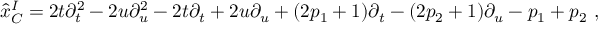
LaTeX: { \hat { x } } _ { C } ^ { I } = 2 t \partial _ { t } ^ { 2 } - 2 u \partial _ { u } ^ { 2 } - 2 t \partial _ { t } + 2 u \partial _ { u } + ( 2 p _ { 1 } + 1 ) \partial _ { t } - ( 2 p _ { 2 } + 1 ) \partial _ { u } - p _ { 1 } + p _ { 2 } \ ,